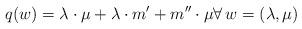
LaTeX: \begin{align*}q(w) = \lambda \cdot \mu + \lambda \cdot m' + m'' \cdot \mu \forall \, w = (\lambda, \mu)\end{align*}